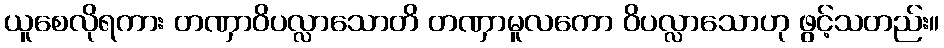
ယူစေလိုရကား တဏှာဝိပလ္လာသောတိ တဏှာမူလကော ဝိပလ္လာသောဟု ဖွင့်သတည်း။